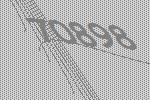
70898